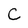
Character: C